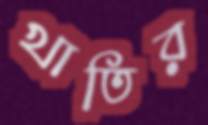
খাতির